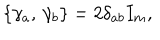
\left\{ \gamma _ { a } , \, \gamma _ { b } \right\} = 2 \delta _ { a b } I _ { m } ,